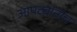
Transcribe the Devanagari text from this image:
आपट्यांनीच